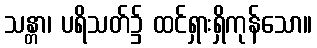
သန္တာ၊ ပရိသတ်၌ ထင်ရှားရှိကုန်သော။